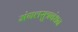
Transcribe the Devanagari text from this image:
मंगलसुत्रबंधन